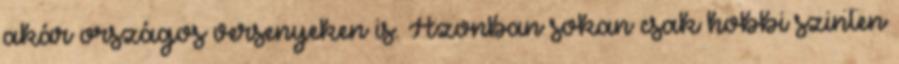
akár országos versenyeken is. Azonban sokan csak hobbi szinten